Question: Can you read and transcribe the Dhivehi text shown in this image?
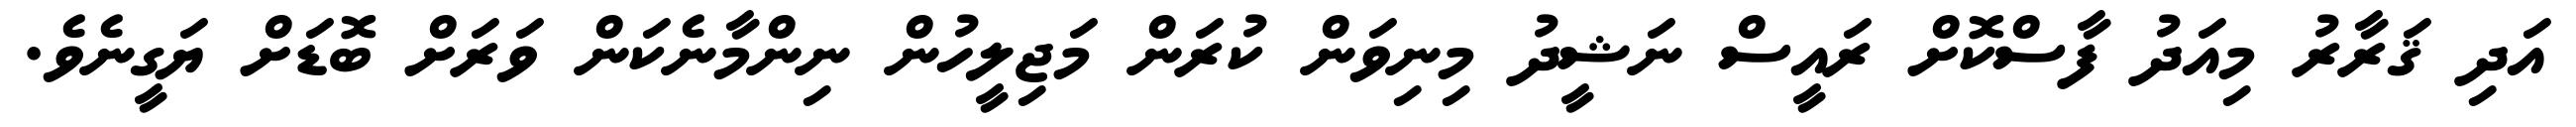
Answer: އަދި ޤަރާރު މިއަދު ފާސްކޮށް ރައީސް ނަޝީދު މިނިވަން ކުރަން މަޖިލީހުން ނިންމާނެކަން ވަރަށް ބޮޑަށް ޔަގީނެވެ.